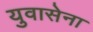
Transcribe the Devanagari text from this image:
युवासेना